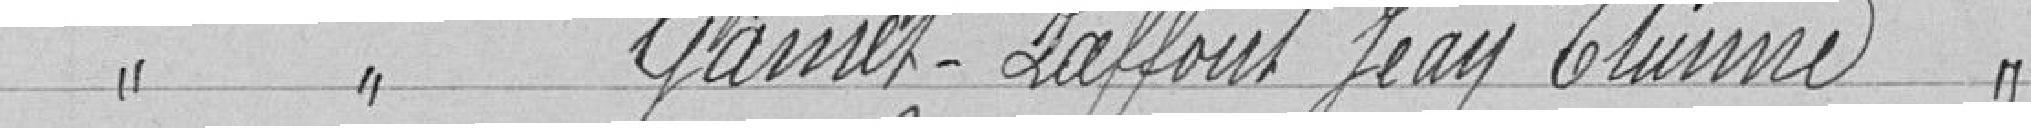
Classe 1926 GAMET-LAFFONT Jean Etienne, continuation de ses études